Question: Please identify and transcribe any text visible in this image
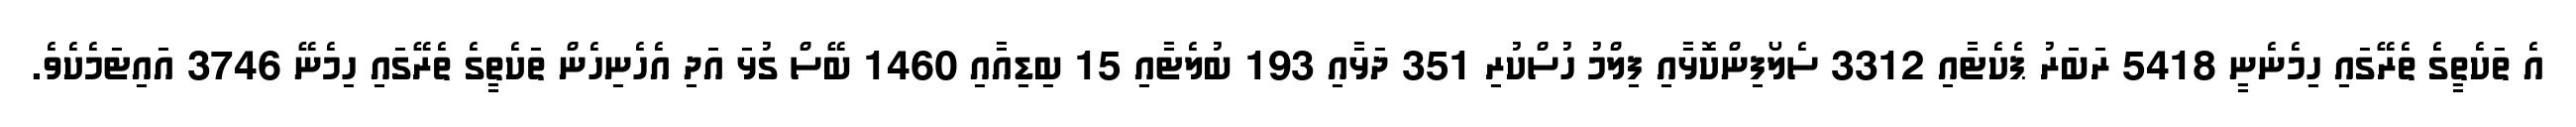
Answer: އެ ތަކެތީގެ ތެރޭގައި ހިމެނެނީ 5418 ރަބަރު ޕެކެޓާއި 3312 ސެލޯފިންކޮޅާއި ފިލްމު ހުސްކުރި 351 ދަޅާއި 193 ބުލެޓާއި 15 ބިޑިއާއި 1460 ބޭސް ގުޅަ އަދި އެހެނިހެން ތަކެތީގެ ތެރޭގައި ހިމެނޭ 3746 އައިޓަމެކެވެ.